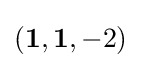
(\mathbf {1} ,\mathbf {1} ,-2)